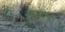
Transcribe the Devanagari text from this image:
सत्पात्रीं